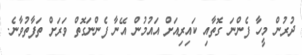
ދުރުން މީހާ ފެންނަ ގޮތާއި ކައިރިއަށް އައުމުން އޭނާ ފެންނަގޮތް ވަރަށް ތަފާތުވާނެ.